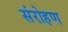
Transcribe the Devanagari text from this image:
संरोहण